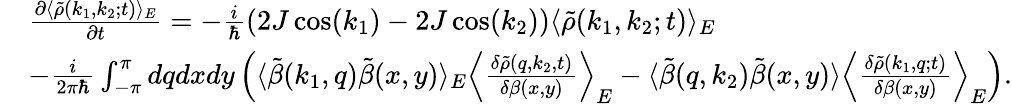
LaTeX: \begin{array}{rl}&{\frac{\partial\langle\tilde{\rho}(k_{1},k_{2};t)\rangle_{E}}{\partial t}=-\frac{i}{\hbar}(2J\cos(k_{1})-2J\cos(k_{2}))\langle\tilde{\rho}(k_{1},k_{2};t)\rangle_{E}}\\ &{-\frac{i}{2\pi\hbar}\int_{-\pi}^{\pi}dqdxdy\left(\langle\tilde{\beta}(k_{1},q)\tilde{\beta}(x,y)\rangle_{E}\left\langle\frac{\delta\tilde{\rho}(q,k_{2},t)}{\delta\beta(x,y)}\right\rangle_{E}-\langle\tilde{\beta}(q,k_{2})\tilde{\beta}(x,y)\rangle\left\langle\frac{\delta\tilde{\rho}(k_{1},q;t)}{\delta\beta(x,y)}\right\rangle_{E}\right).}\end{array}